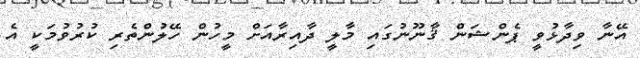
އޭނާ ވިދާޅުވީ ޕެންޝަން ޤާނޫނުގައި މާލީ ދާއިރާއަށް މީހުން ހޭލުންތެރި ކުރުވުމަކީ އެ